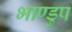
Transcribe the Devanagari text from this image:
भाण्डुप